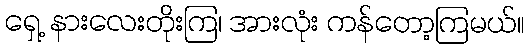
ရှေ့ နားလေးတိုးကြ၊ အားလုံး ကန်တော့ကြမယ်။